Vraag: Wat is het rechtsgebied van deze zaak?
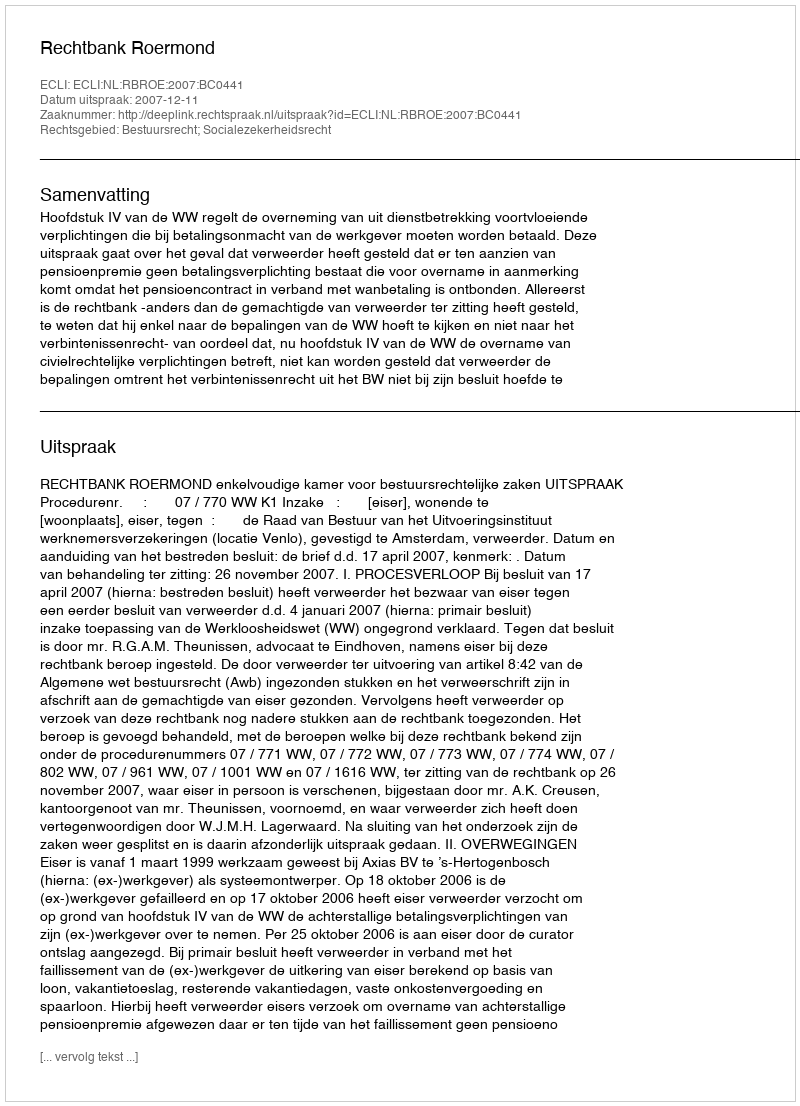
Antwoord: Bestuursrecht; Socialezekerheidsrecht